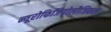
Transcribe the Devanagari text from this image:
न्यूरोफिजियोलौजिकल